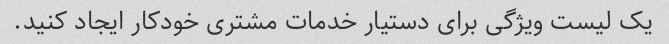
یک لیست ویژگی برای دستیار خدمات مشتری خودکار ایجاد کنید.